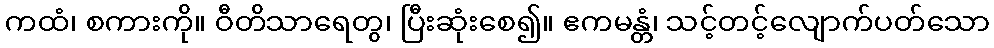
ကထံ၊ စကားကို။ ဝီတိသာရေတွ၊ ပြီးဆုံးစေ၍။ ဧကမန္တံ၊ သင့်တင့်လျောက်ပတ်သော